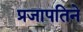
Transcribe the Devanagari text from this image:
प्रजापतिने